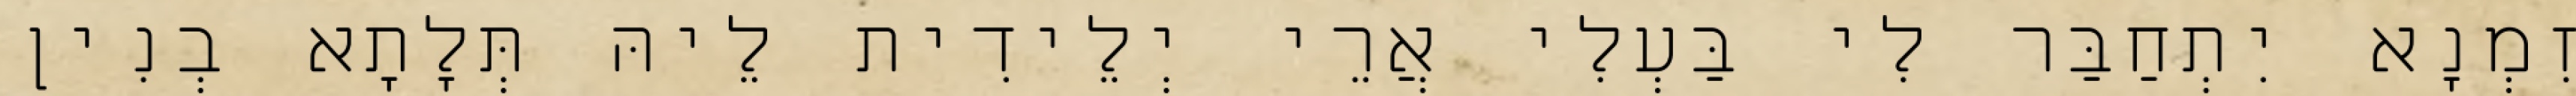
זִמְנָא יִתְחַבַּר לִי בַּעְלִי אֲרֵי יְלֵידִית לֵיהּ תְּלָתָא בְנִין